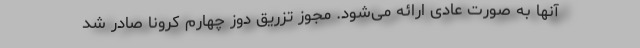
آنها به صورت عادی ارائه می‌شود. مجوز تزریق دوز چهارم کرونا صادر شد